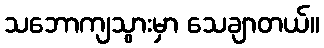
သဘောကျသွားမှာ သေချာတယ်။